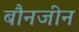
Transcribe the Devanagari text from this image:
बौनजीन